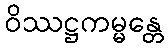
ဝိဿဋ္ဌကမ္မန္တေ